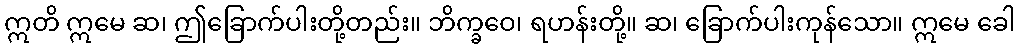
ဣတိ ဣမေ ဆ၊ ဤခြောက်ပါးတို့တည်း။ ဘိက္ခဝေ၊ ရဟန်းတို့။ ဆ၊ ခြောက်ပါးကုန်သော။ ဣမေ ခေါ